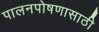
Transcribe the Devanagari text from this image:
पालनपोषणासाठी